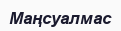
Маңсуалмас